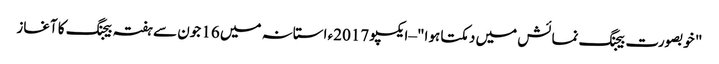
‫" خوبصورت بیجنگ نمائش میں دمکتا ہوا" –ایکسپو 2017ء استانہ میں 16 جون سے ہفتہ بیجنگ کا آغاز